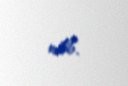
edib.